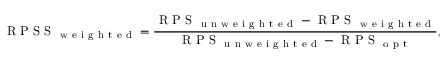
\mathrm { ~ R ~ P ~ S ~ S ~ } _ { \mathrm { ~ w ~ e ~ i ~ g ~ h ~ t ~ e ~ d ~ } } = \frac { \mathrm { ~ R ~ P ~ S ~ } _ { \mathrm { ~ u ~ n ~ w ~ e ~ i ~ g ~ h ~ t ~ e ~ d ~ } } - \mathrm { ~ R ~ P ~ S ~ } _ { \mathrm { ~ w ~ e ~ i ~ g ~ h ~ t ~ e ~ d ~ } } } { \mathrm { ~ R ~ P ~ S ~ } _ { \mathrm { ~ u ~ n ~ w ~ e ~ i ~ g ~ h ~ t ~ e ~ d ~ } } - \mathrm { ~ R ~ P ~ S ~ } _ { \mathrm { ~ o ~ p ~ t ~ } } } ,